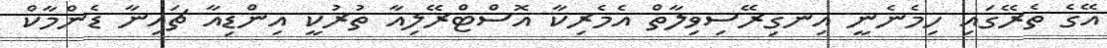
އޭގެ ތެރޭގައި ހިމެނެނީ އިނގިރޭސިވިލާތް އެމެރިކާ އޮސްޓްރޭލިއާ ތުރުކީ އިންޑިއާ ޗައިނާ ޑެންމާކް